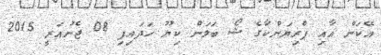
އޭކަން އާއި ޕްރިޔަންކާގެ ޝޯ ބަލަން ކިޔޫ ހަދައިފި 08 ޖެނުއަރީ 2015